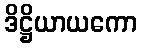
ဒိဋ္ဌိယာယကော